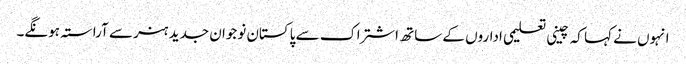
انہوں نے کہا کہ چینی تعلیمی اداروں کے ساتھ اشتراک سے پاکستان نوجوان جدید ہنر سے آراستہ ہونگے۔